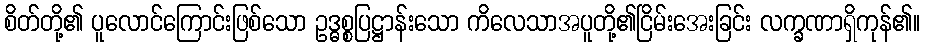
စိတ်တို့၏ ပူလောင်ကြောင်းဖြစ်သော ဥဒ္ဓစ္စပြဋ္ဌာန်းသော ကိလေသာအပူတို့၏ငြိမ်းအေးခြင်း လက္ခဏာရှိကုန်၏။